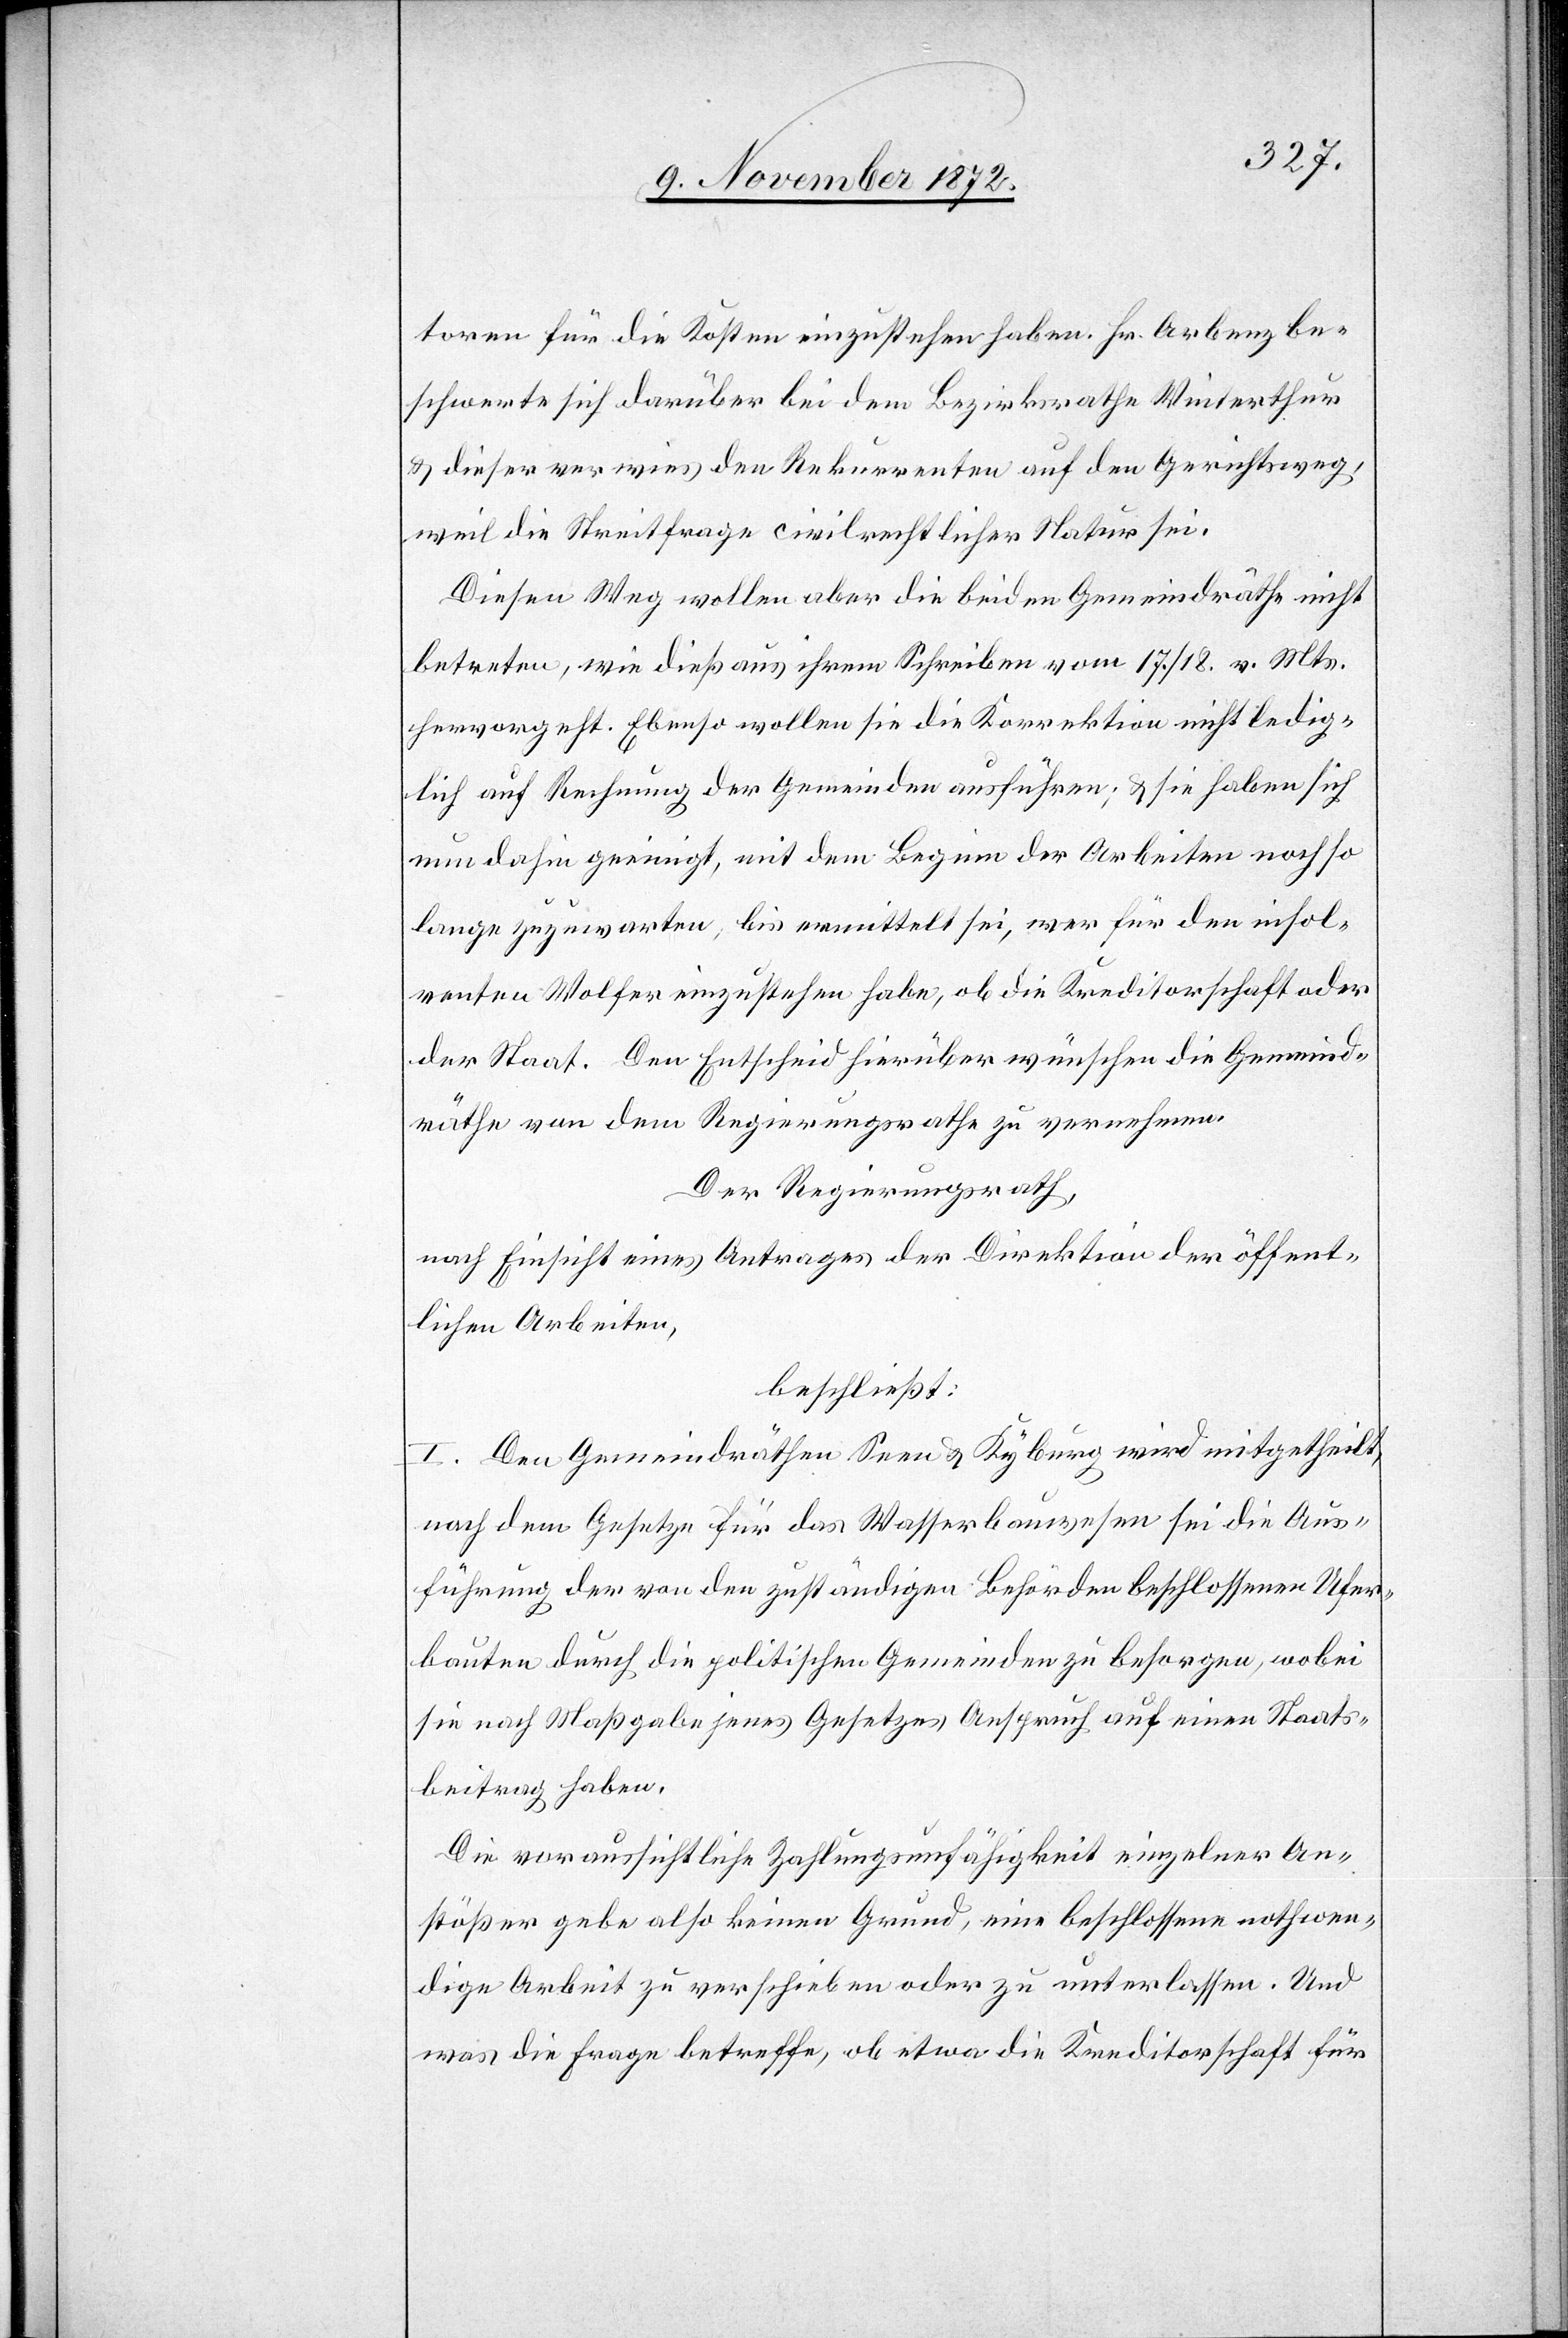
toren für die Kosten einzustehen haben. Hr. Arbenz be¬
schwerte sich darüber bei dem Bezirksrathe Winterthur
u. dieser verwies den Rekurrenten auf den Gerichtsweg,
weil die Streitfrage civilrechtlicher Natur sei.
Diesen Weg wollen aber die beiden Gemeindräthe nicht
betreten, wie dieß aus ihrem Schreiben vom 17./18. v. Mts.
hervorgeht. Ebenso wollen sie die Korrektion nicht ledig¬
lich auf Rechnung der Gemeinden ausführen; u. sie haben sich
nun dahin geeinigt, mit dem Beginn der Arbeiten noch so
lange zuzuwarten, bis ermittelt sei, wer für den insol¬
venten Wolfer einzustehen habe, ob die Kreditorschaft oder
der Staat. Den Entscheid hierüber wünschen die Gemeind¬
räthe von dem Regierungsrathe zu vernehmen.
Der Regierungsrath,
nach Einsicht eines Antrages der Direktion der öffent¬
lichen Arbeiten,
beschließt:
I. Den Gemeindräthen Seen u. Kyburg wird mitgetheilt,
nach dem Gesetze für das Wasserbauwesen sei die Aus¬
führung der von den zuständigen Behörden beschlossenen Ufer¬
bauten durch die politischen Gemeinden zu besorgen, wobei
sie nach Maßgabe jenes Gesetzes Anspruch auf einen Staats¬
beitrag haben.
Die voraussichtliche Zahlungsunfähigkeit einzelner An¬
stößer gebe also keinen Grund, eine beschlossene nothwen¬
dige Arbeit zu verschieben oder zu unterlassen. Und
was die Frage betreffe, ob etwa die Kreditorschaft für